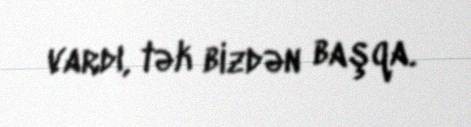
vardı, tək bizdən başqa.